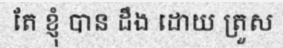
តែ ខ្ញុំ បាន ដឹង ដោយ ត្រួស